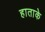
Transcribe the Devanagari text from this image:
हाताके